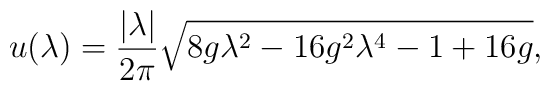
u(\lambda)=\frac{|\lambda|}{2\pi}\sqrt{8g\lambda^2-16g^2\lambda^4-1+16g},